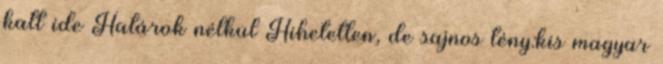
katt ide Határok nélkül Hihetetlen, de sajnos tény:kis magyar